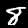
Digit: 8